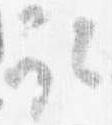
取